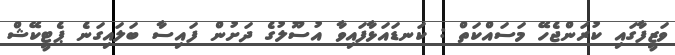
ވަޒީފާގައި ކުރަންޖެހޭ މަސައްކަތް : ކަނޑައަޅާފައިވާ އުސޫލުގެ ދަށުން ފައިސާ ބަލައިގަނެ ޕެޓީކޭޝް